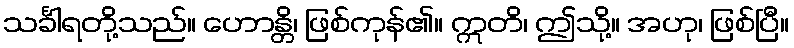
သင်္ခါရတို့သည်။ ဟောန္တိ၊ ဖြစ်ကုန်၏။ ဣတိ၊ ဤသို့။ အဟု၊ ဖြစ်ပြီ။